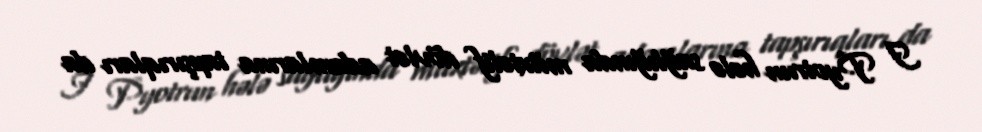
I Pyotrun hələ sağlığında müxtəlif dövlət adamlarına tapşırıqları da